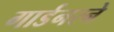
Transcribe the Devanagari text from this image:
गार्डनरने